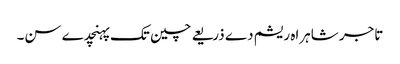
تاجر شاہراہ ریشم دے ذریعے چین تک پہنچدے سن۔